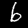
Label: 6